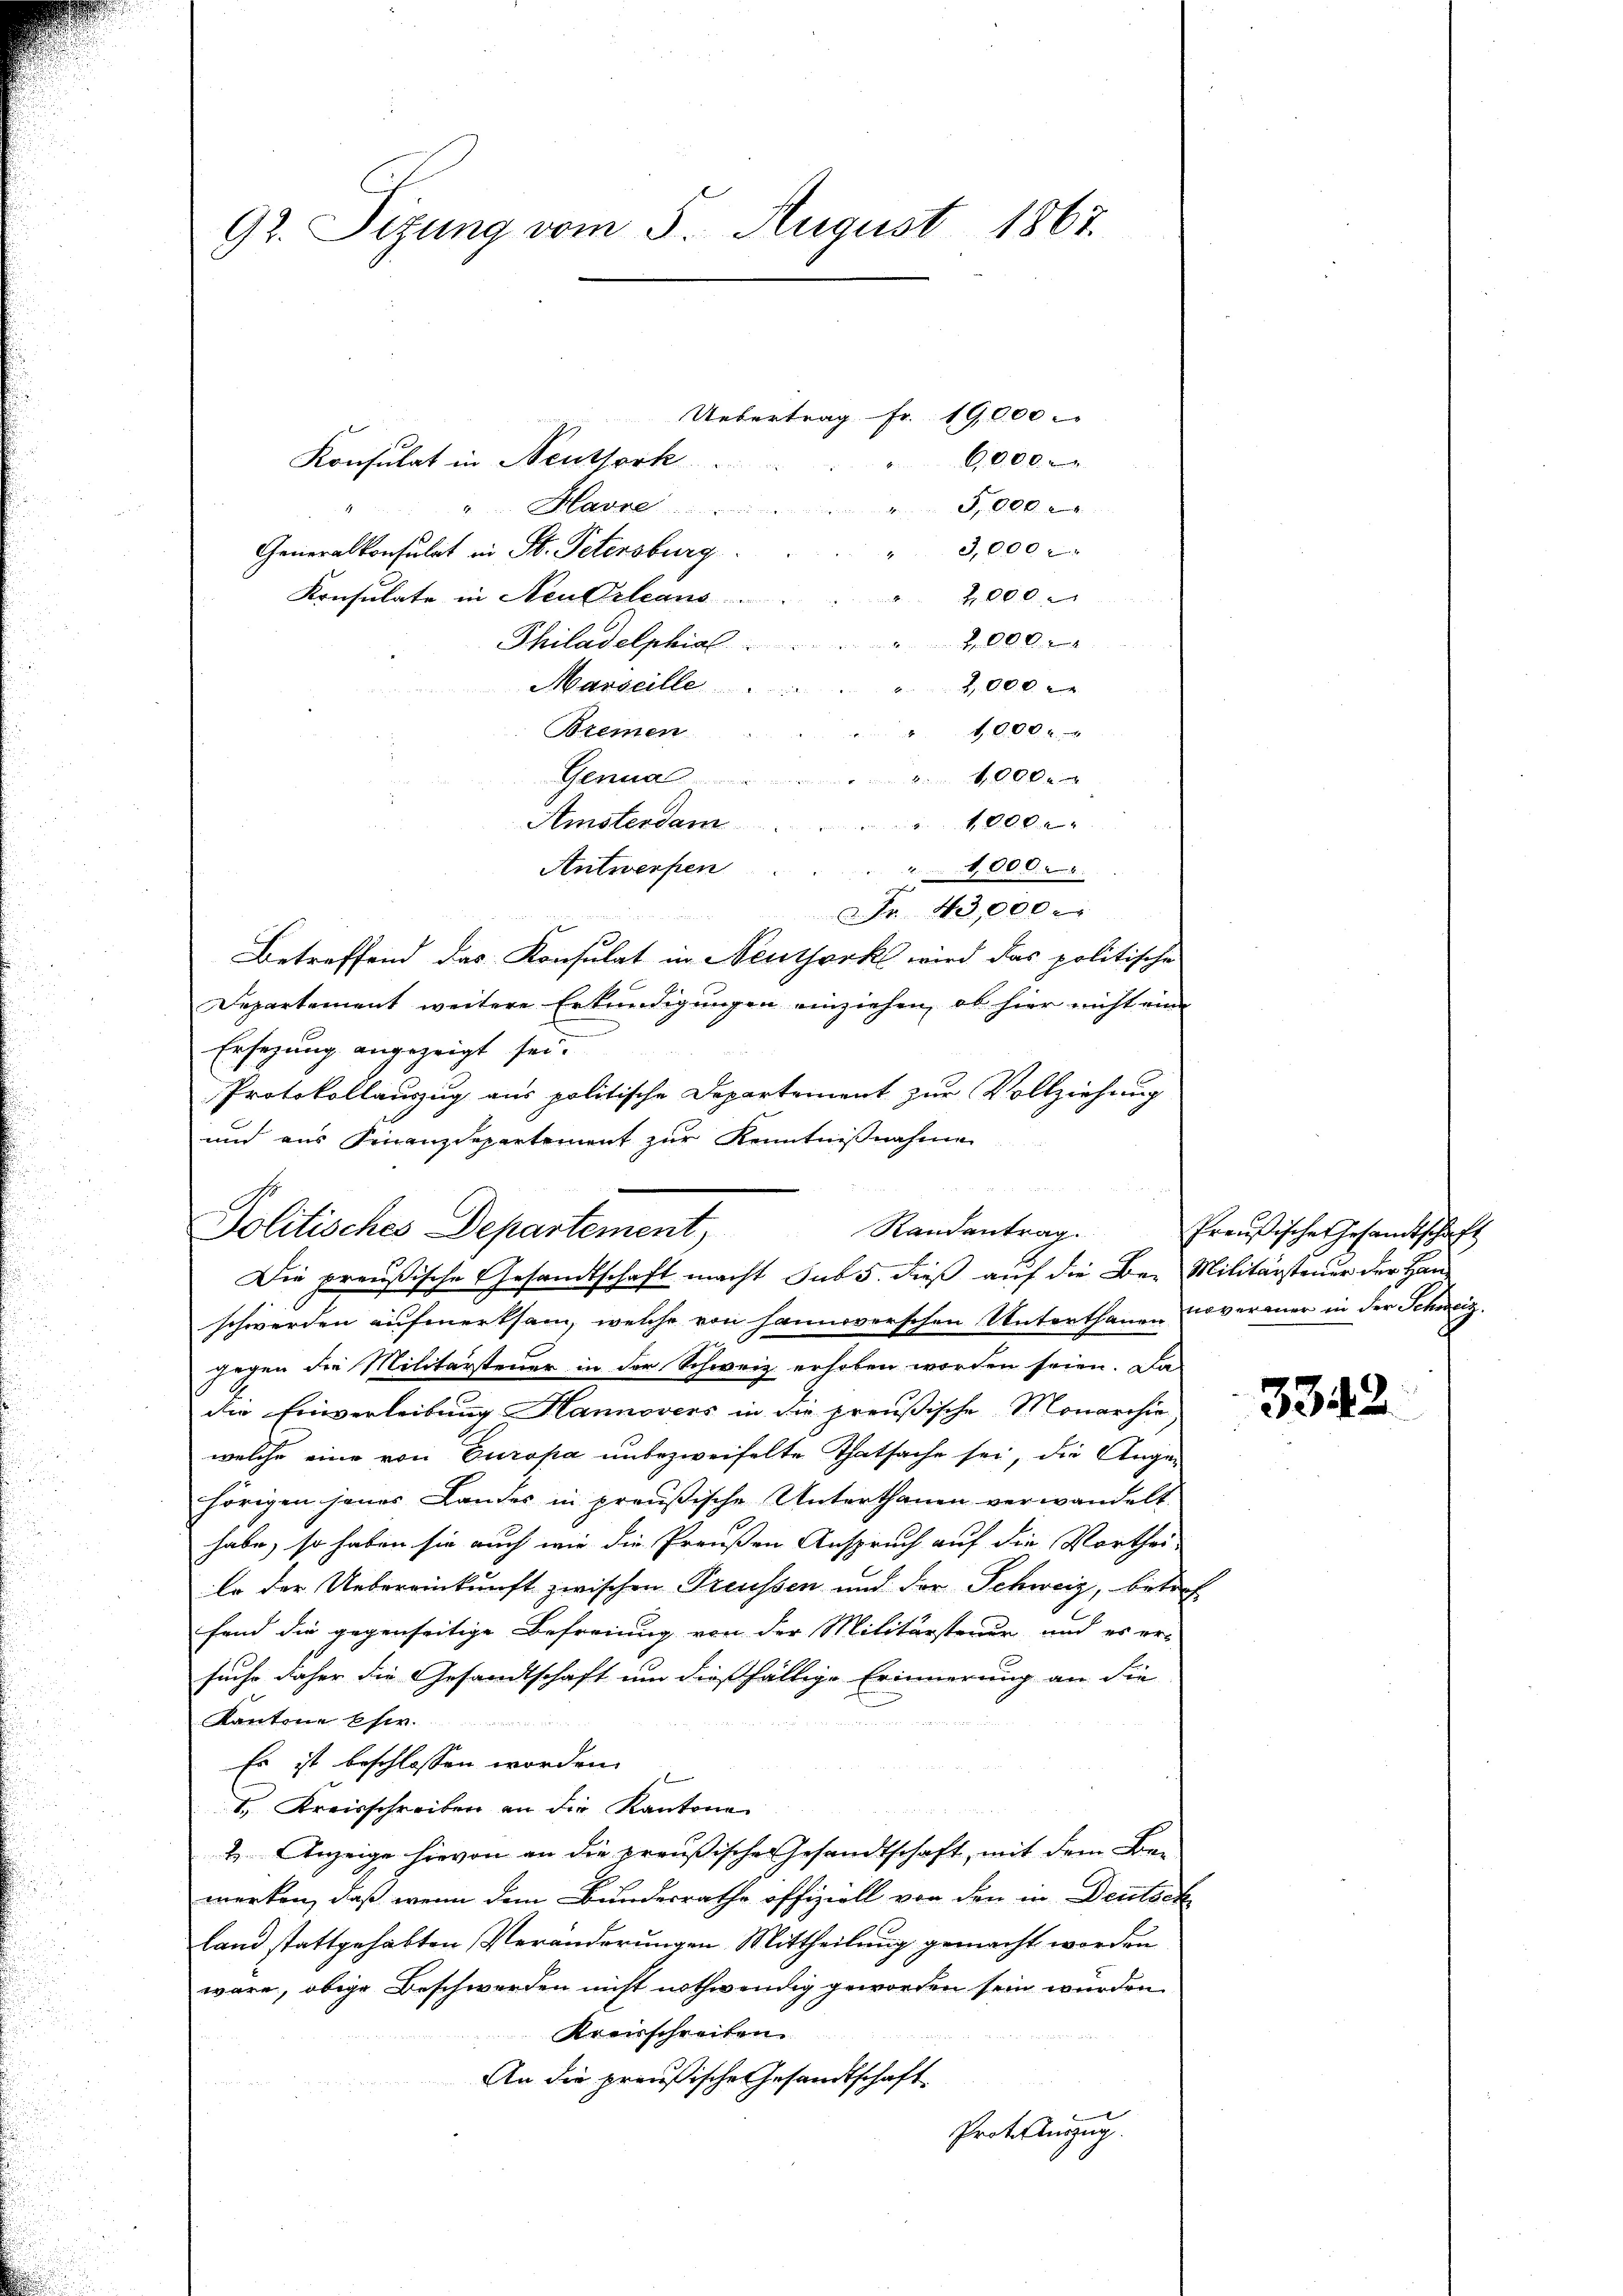
92. Sizung vom 5. August 1867.

Konsulat in Neuthork
v Havre .....
Generalkonsulat in St. Petersburg
Konsulate in Neu Orleans
Philadelphia . . . 2,000
Marseille.
v. Ferti
Bremen
Genua
Amstendam . . . . 1000.
Antwerfen
1,000.

Betreffend das Konsulat in Neuthork wird das politische
Departement weitere Erkundigungen einziehen, ob hier nicht eine
Ersezung angezeigt sei.
Protokollauszug aus politische Departement zur Vollziehung
und aus Finanzdepartement zur Kenntnißnahme
schwerden aufmerksam, welche von Hannoverschen Unterthanen noveraner in der Schweiz.
gegen die Militärsteuer in der Schweiz erhoben worden seien. Da
die Einverleibung Hannovers in die preußische Monarchie
welche eine von Europa unbezweifelte Thatsache sei, die Ange-
hörigen jenes Landes in preußische Unterthanen verwandelt.
habe, so haben sie auch wie die Preußen Anspruch auf die Vorthei-
le der Uebereinkunft zwischen Preussen und der Schweiz, betref
fend die gegenseitige Befreiung von der Militärsteuer und es er-
suche daher die Gesandtschaft um dießfältige Erinnerung an die
Kantone Ehe.
Es ist beschlossen worden.
b
1. Kreisschreiben an die Kantone
2. Anzeige hievon an die preußische Gesandtschaft, mit dem Be-
merken, daß wenn dem Bundesrathe offiziell von den in Deutsch
land stattgehabten Veränderungen Mittheilung gemacht worden
wäre, obige Beschwerden nicht nothwendig geworden sein wurden
Kreisschreiben
An die preußische Gesandtschaft
Protoauszug.

Politisches Departement,

Uebertrag Fr. 19,000

5,000
3,000
2,000
2,000 x
" 10000
 400 x

6000

Nr. 43,000.

e
Randantrag.
Die preußische Gesandtschaft macht sub 5. dieß auf die Bei Militärsteuer der Han¬

Preußische Gesamtschaft

3342.